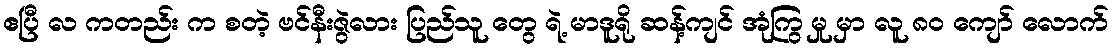
ဧပြီ လ ကတည်း က စတဲ့ ဗင်နီးဇွဲလား ပြည်သူ တွေ ရဲ့ မာဒူရို ဆန့်ကျင် အုံကြွ မှု မှာ လူ ၈၀ ကျော် လောက်